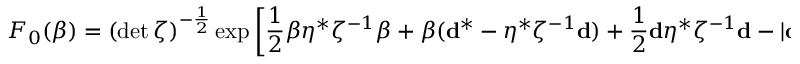
{ \cal F } _ { 0 } ( \beta ) = ( \operatorname * { d e t } \zeta ) ^ { - \frac 1 2 } \exp \left[ \frac 1 2 \beta \eta ^ { * } \zeta ^ { - 1 } \beta + \beta ( { \bf d } ^ { * } - \eta ^ { * } \zeta ^ { - 1 } { \bf d } ) + \frac 1 2 { \bf d } \eta ^ { * } \zeta ^ { - 1 } { \bf d } - | { \bf d } | ^ { 2 } \right] .